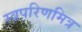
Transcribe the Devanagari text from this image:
स्वपरिणमित्र